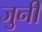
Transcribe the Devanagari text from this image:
जुनीं